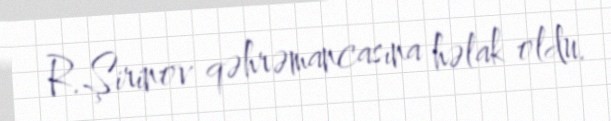
R.Şirinov qəhrəmancasına həlak oldu.